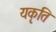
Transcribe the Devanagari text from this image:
यकृति